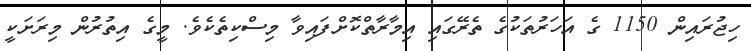
ހިޖުރައިން 1150 ގެ އަހަރުތަކުގެ ތެރޭގައި އިމާރާތްކޮށްފައިވާ މިސްކިތެކެވެ. މީގެ އިތުރުން މިރަށަކީ